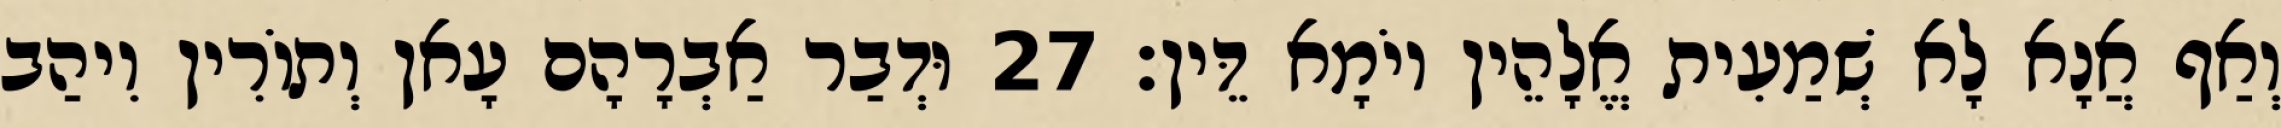
וְאַף אֲנָא לָא שְׁמַעִית אֱלָהֵין יוֹמָא דֵּין׃ 27 וּדְבַר אַבְרָהָם עָאן וְתוֹרִין וִיהַב